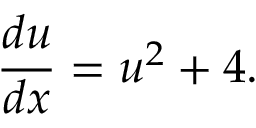
{ \frac { d u } { d x } } = u ^ { 2 } + 4 .